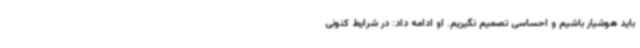
باید هوشیار باشیم و احساسی تصمیم نگیریم. او ادامه داد: در شرایط کنونی